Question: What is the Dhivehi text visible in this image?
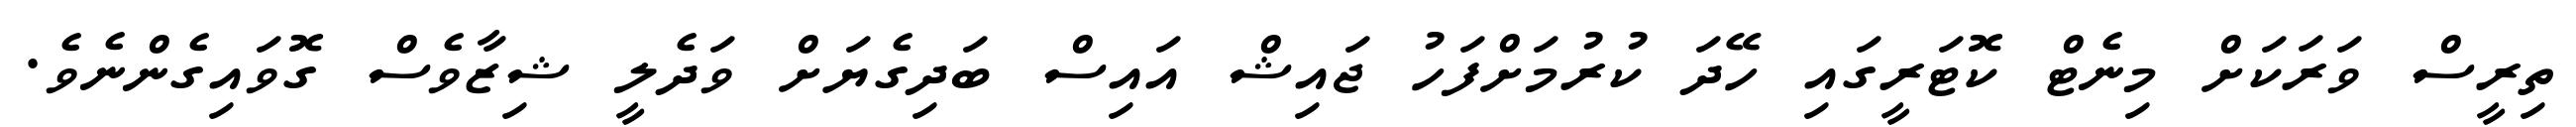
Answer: ތިރީސް ވަރަކަށް މިނެޓް ކޮޓަރީގައި ހޭދަ ކުރުމަށްފަހު ޖައިޝް އައިސް ބަދިގެޔަށް ވަދެލީ ޝިޒާވެސް ގޮވައިގެންނެވެ.